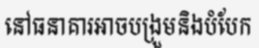
នៅធនាគារអាចបង្រួមនិងបំបែក